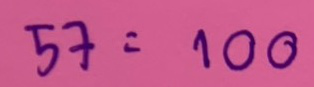
57 = 100